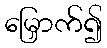
မြှောက်၍